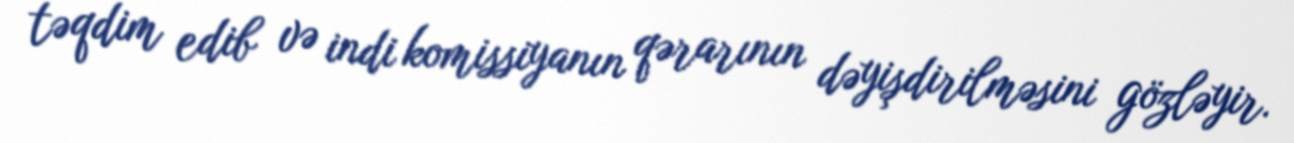
təqdim edib və indi komissiyanın qərarının dəyişdirilməsini gözləyir.